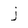
Character: j